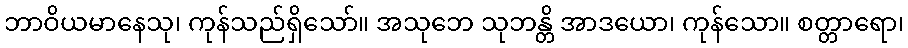
ဘာဝိယမာနေသု၊ ကုန်သည်ရှိသော်။ အသုဘေ သုဘန္တိ အာဒယော၊ ကုန်သော။ စတ္တာရော၊